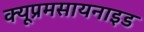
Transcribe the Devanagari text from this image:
क्यूप्रमसायनाइड